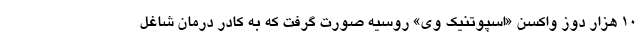
۱۰ هزار دوز واکسن «اسپوتنیک وی» روسیه صورت گرفت که به کادر درمان شاغل